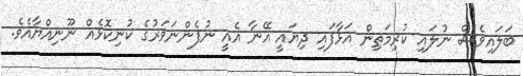
ބަލައިވެސް ނުލައި ކުރިމަތިން އަޅާފައި ދިޔައީ އޭނާ އެއީ ނުފެންނަވަރުގެ ކުނިކޮޅެއް ނޫނިއްޔާއެވެ.